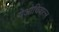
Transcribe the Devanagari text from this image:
येओचिवात्ल